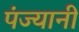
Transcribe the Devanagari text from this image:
पंज्यानी